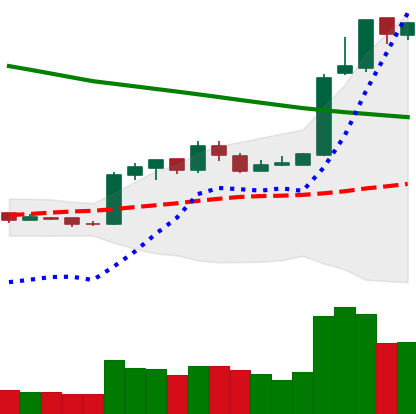
Ticker: EOS-USD
Chart end date: 2019-02-22
Forward return: -9.278%
Label: down_7plus